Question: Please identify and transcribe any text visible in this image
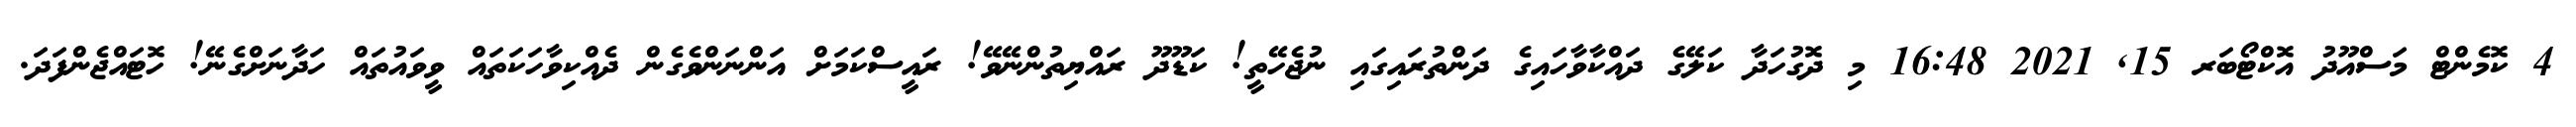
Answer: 4 ކޮމެންޓް މަސްއޫދު އޮކްޓޯބަރ 15, 2021 16:48 މި ދޮގުހަދާ ކަލޭގެ ދައްކާވާހައިގެ ދަންތުރައިގައި ނުޖެހޭތީ! ކަޑޫދޫ ރައްޔިތުންނޭވޭ! ރައީސްކަމަށް އަންނަންވެގެން ދެއްކިވާހަކަތައް ވީވައުތައް ހަދާނަށްގެނޭ! ހޮޓައްޖެންފަދަ.